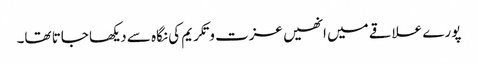
پورے علاقے میں انھیں عزت و تکریم کی نگاہ سے دیکھا جاتا تھا۔